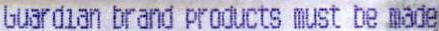
GUARDIAN BRAND PRODUCTS MUST BE MADE